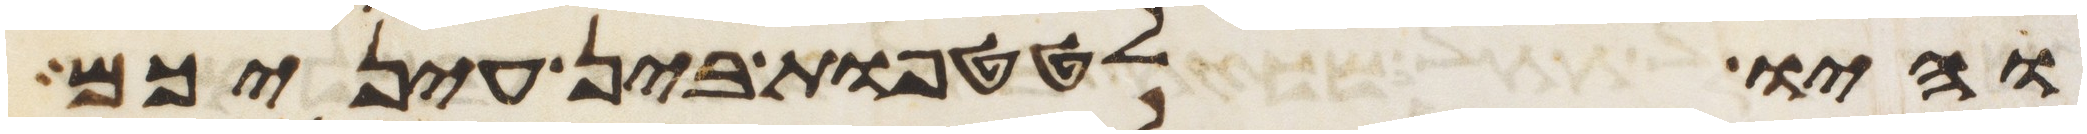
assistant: והיו לטטפות בין עיניכם